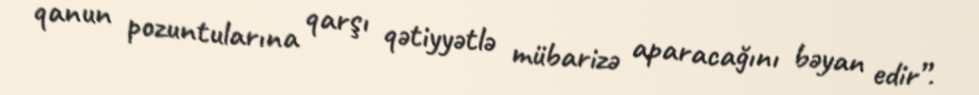
qanun pozuntularına qarşı qətiyyətlə mübarizə aparacağını bəyan edir”.